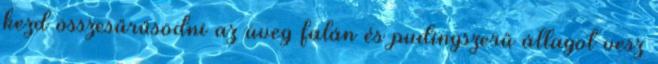
kezd összesűrűsödni az üveg falán és pudingszerű állagot vesz